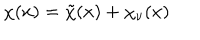
LaTeX: \chi ( x ) = \tilde { \chi } ( x ) + \chi _ { \nu } ( x )